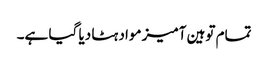
تمام توہین آمیز مواد ہٹا دیا گیا ہے۔